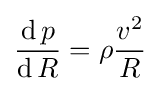
{\frac {\operatorname {d} p}{\operatorname {d} R}}=\rho {\frac {v^{2}}{R}}